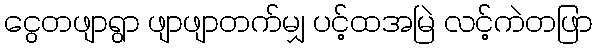
ငွေတဖျာရွာ ဖျာဖျာတက်မျှ ပင့်ထအမြဲ လင့်ကဲတဖြာ